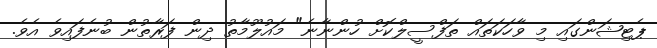
ޕެޓިޝަންގައި މި ވާހަކަތައް ތަފްސީލްކޮށް ހުންނާނެ" މައުލޫމާތު ދިން ފަރާތުން ބުނެފައިވެ އެވެ.